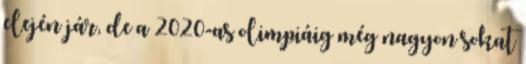
elején jár, de a 2020-as olimpiáig még nagyon sokat